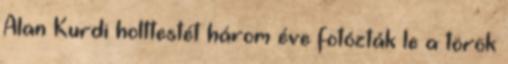
Alan Kurdi holttestét három éve fotózták le a török